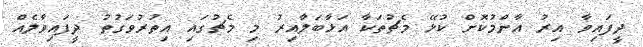
ދީފައިވާ އިރު އާންމުކޮށް ކުޅޭ މެޗުތަކާ އަޅާބަލާއިރު މި މެޗުގައި އިތުރުވަގުތު ދީފައިވާލެއް